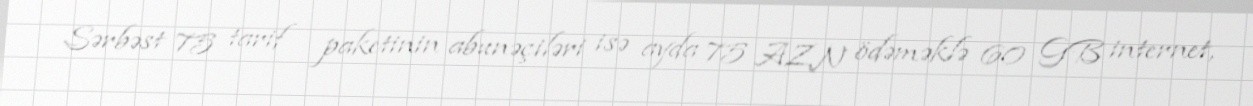
Sərbəst 75 tarif paketinin abunəçiləri isə ayda 75 AZN ödəməklə 60 GB internet,